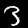
Label: 3